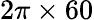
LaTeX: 2\pi\times 60